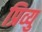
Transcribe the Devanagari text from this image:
प्रिव्यु